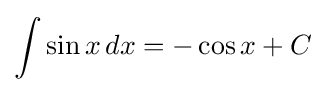
\int \sin x\,dx=-\cos x+C